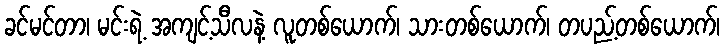
ခင်မင်တာ၊ မင်းရဲ့ အကျင့်သီလနဲ့ လူတစ်ယောက်၊ သားတစ်ယောက်၊ တပည့်တစ်ယောက်၊